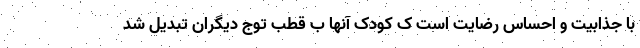
با جذابیت و احساس رضایت است ک کودک آنها ب قطب توج دیگران تبدیل شد